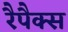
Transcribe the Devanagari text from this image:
रैपैक्स